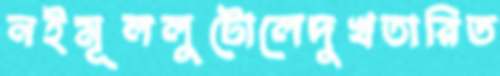
নইমূললুটোলেদুখতারিত